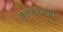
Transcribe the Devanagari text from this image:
वृत्तपत्रातही